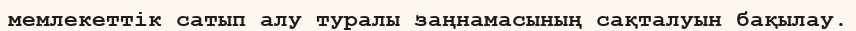
мемлекеттік сатып алу туралы заңнамасының сақталуын бақылау.